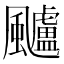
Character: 𩙙